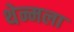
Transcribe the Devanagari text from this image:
थेन्मला